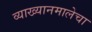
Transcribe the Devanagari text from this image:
व्याख्यानमालेचा